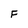
Character: F